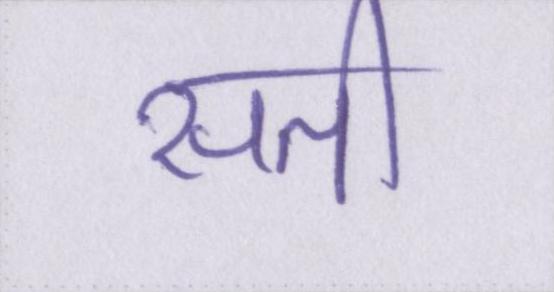
सती